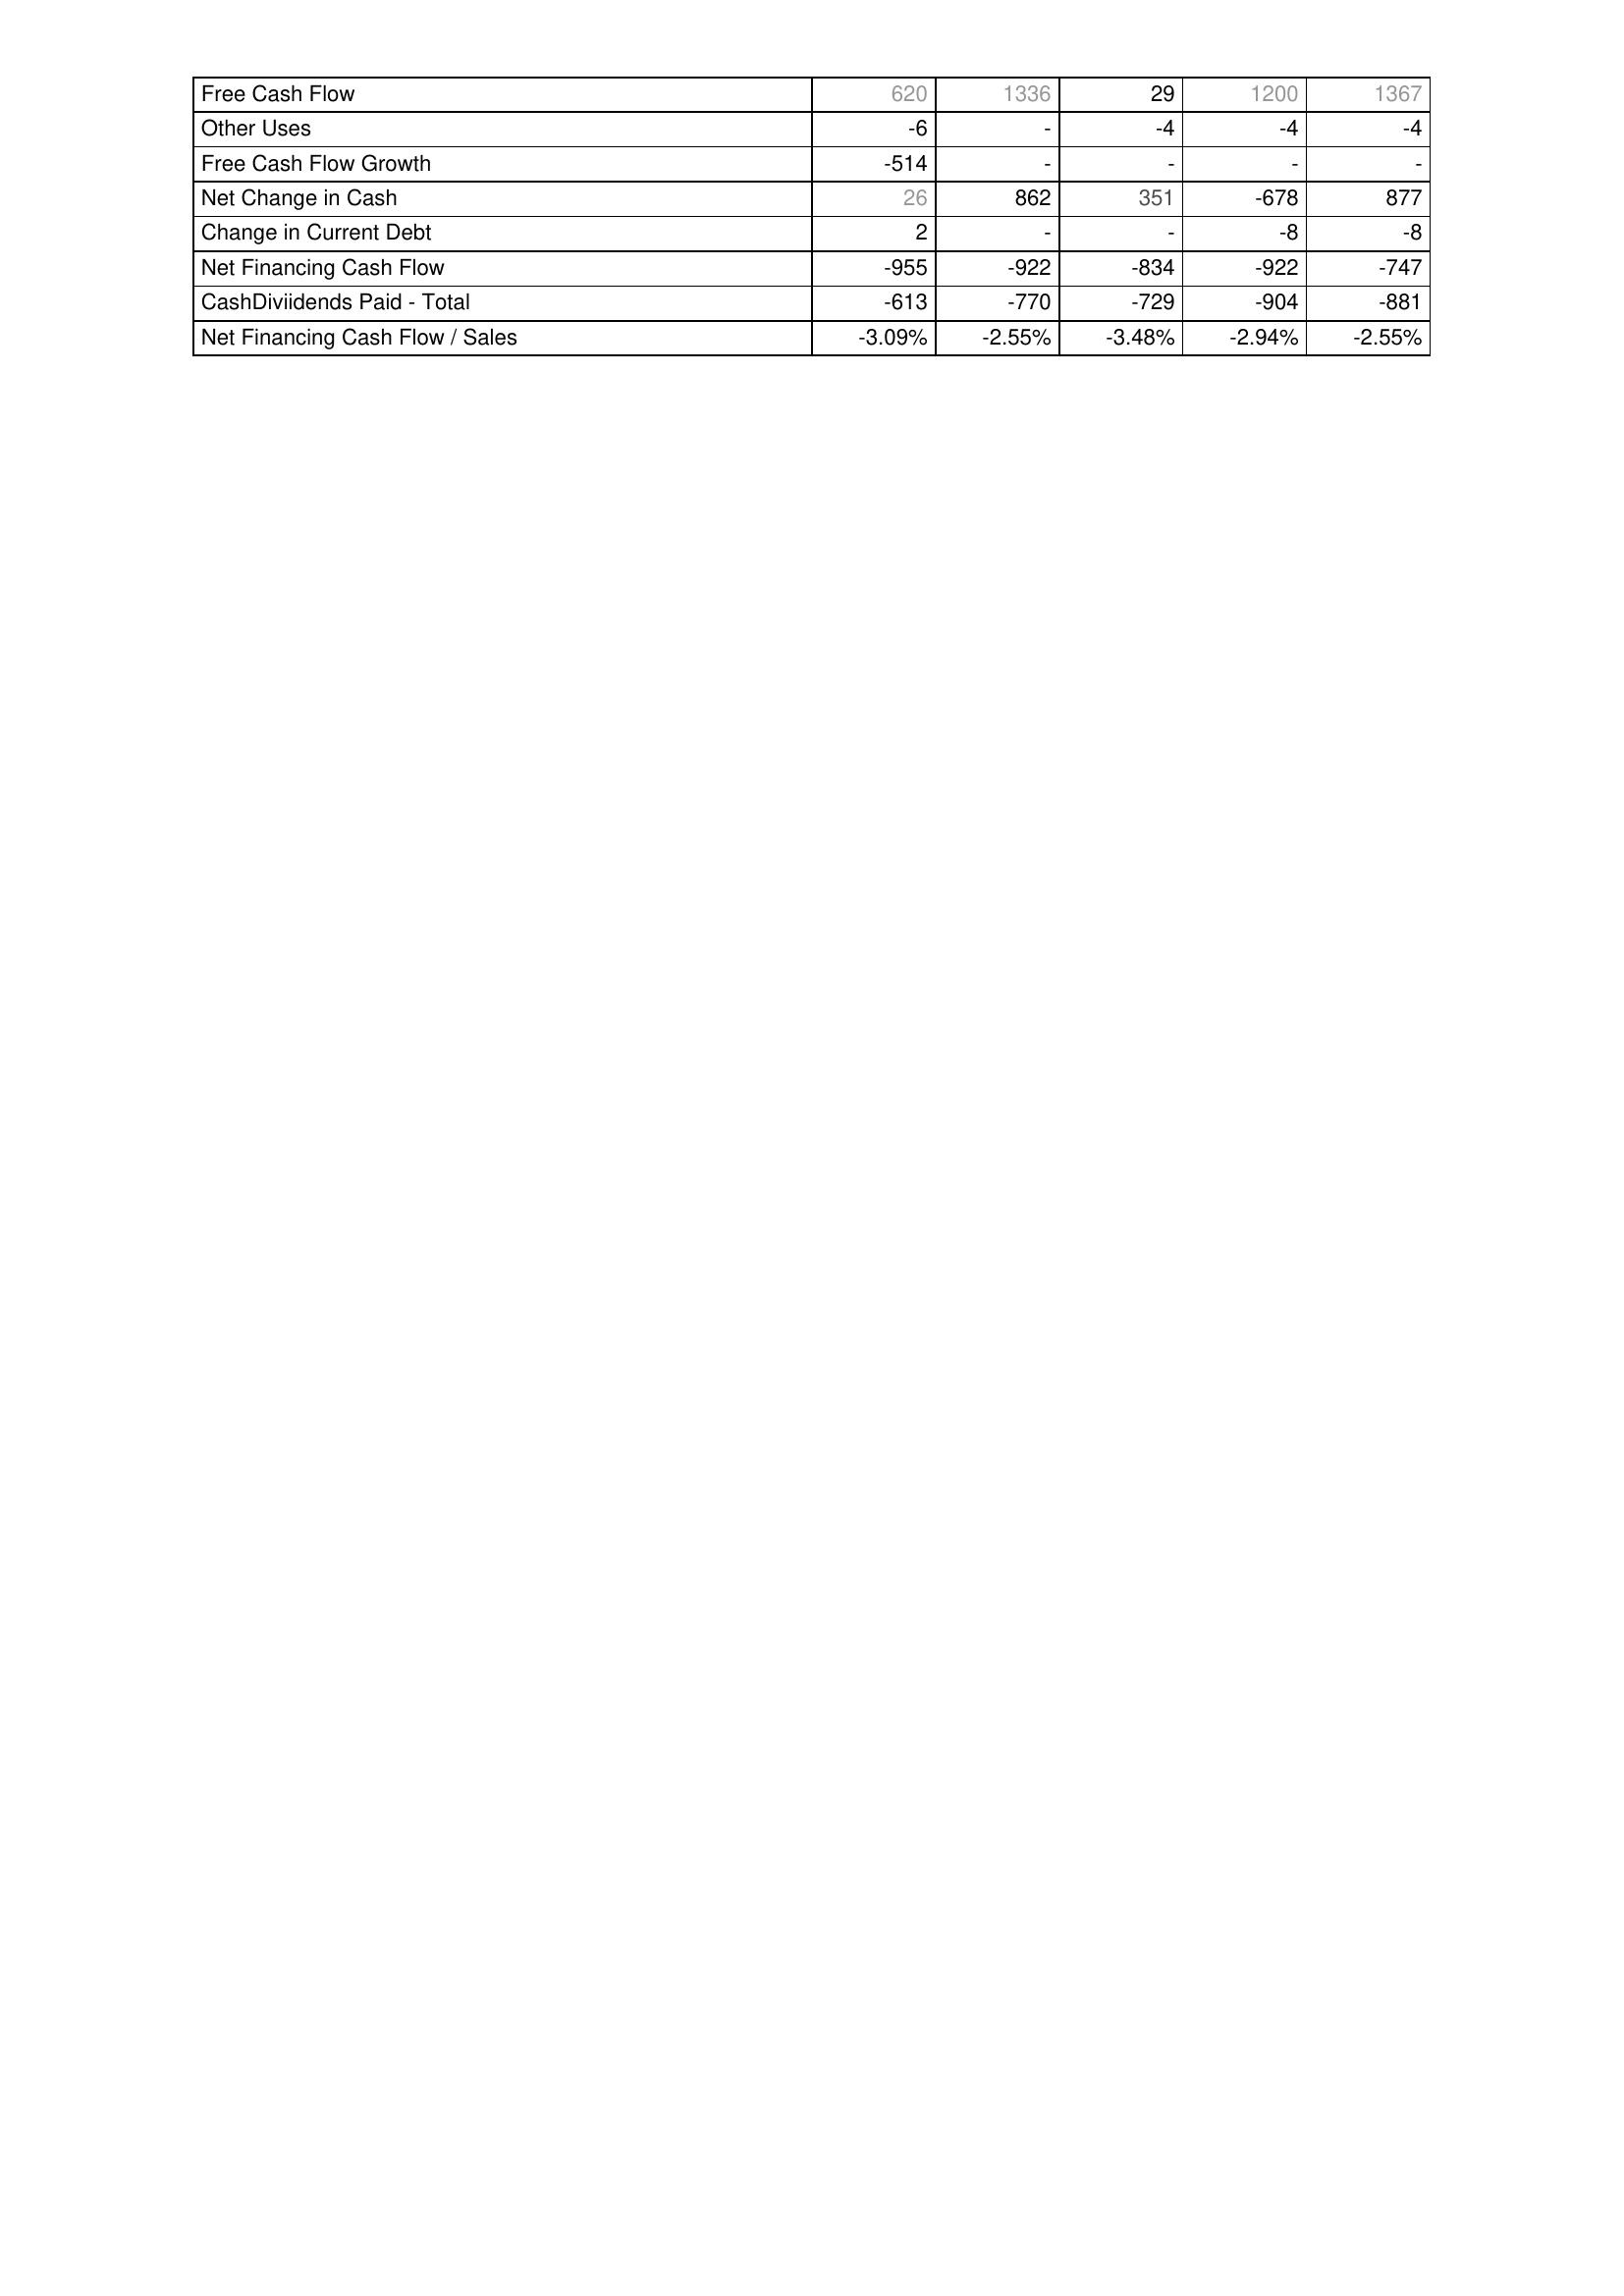
2014: Financing Activities: Free Cash Flow: 620
Other Uses: -6
Free Cash Flow Growth: -514
Net Change in Cash: 26
Change in Current Debt: 2
Net Financing Cash Flow: -955
CashDiviidends Paid - Total: -613
Net Financing Cash Flow / Sales: -3.09%
2013: Financing Activities: Free Cash Flow: 1336
Other Uses: -
Free Cash Flow Growth: -
Net Change in Cash: 862
Change in Current Debt: -
Net Financing Cash Flow: -922
CashDiviidends Paid - Total: -770
Net Financing Cash Flow / Sales: -2.55%
2012: Financing Activities: Free Cash Flow: 29
Other Uses: -4
Free Cash Flow Growth: -
Net Change in Cash: 351
Change in Current Debt: -
Net Financing Cash Flow: -834
CashDiviidends Paid - Total: -729
Net Financing Cash Flow / Sales: -3.48%
2011: Financing Activities: Free Cash Flow: 1200
Other Uses: -4
Free Cash Flow Growth: -
Net Change in Cash: -678
Change in Current Debt: -8
Net Financing Cash Flow: -922
CashDiviidends Paid - Total: -904
Net Financing Cash Flow / Sales: -2.94%
2010: Financing Activities: Free Cash Flow: 1367
Other Uses: -4
Free Cash Flow Growth: -
Net Change in Cash: 877
Change in Current Debt: -8
Net Financing Cash Flow: -747
CashDiviidends Paid - Total: -881
Net Financing Cash Flow / Sales: -2.55%